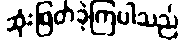
ဆုံးဖြတ်ခဲ့ကြပါသည်